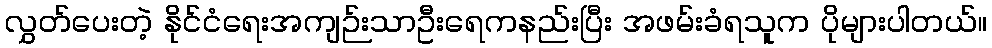
လွှတ်ပေးတဲ့ နိုင်ငံရေးအကျဉ်းသာဦးရေကနည်းပြီး အဖမ်းခံရသူက ပိုများပါတယ်။